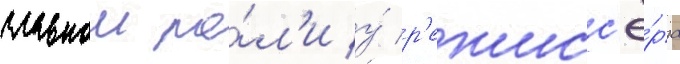
главнои ро́л'и у́ р'ежисс'ё́ра